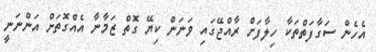
އެހެން ސަގާފަތްތަކާ ހިލާފަށް ރާއްޖޭގައި ވަނަން ކިޔޭ ގޮތް ޒަމާނާ އެއްގޮތަށް އަންނަނީ